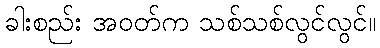
ခါးစည်း အဝတ်က သစ်သစ်လွင်လွင်။